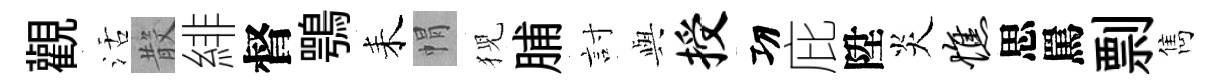
觀活𣪚緋督鶚耒㡌猊脯討𫤰授㓛庇陞炎憔思罵剽雋